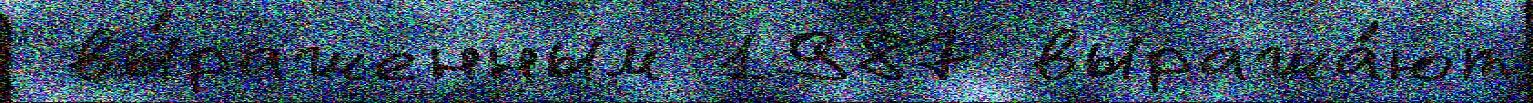
 вы́раженным 1987 выража́ют